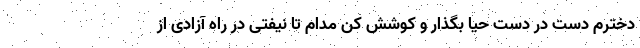
دخترم دست در دست حیا بگذار و کوشش کن مدام تا نیفتی در راه آزادی از